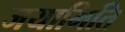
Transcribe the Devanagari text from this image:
जयामिति